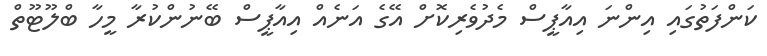
ކަންފަތުގައި އިންނަ އިއާޕީސް މެދުވެރިކޮށް އޭގެ އަނެއް އިއާޕީސް ބޭނުންކުރާ މީހާ ބްލޫޓޫތް